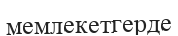
мемлекетгерде